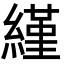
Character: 䌍